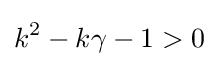
k^{2}-k\gamma -1>0